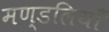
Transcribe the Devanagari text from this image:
मण्डलियाँ